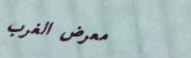
معرض الغرب